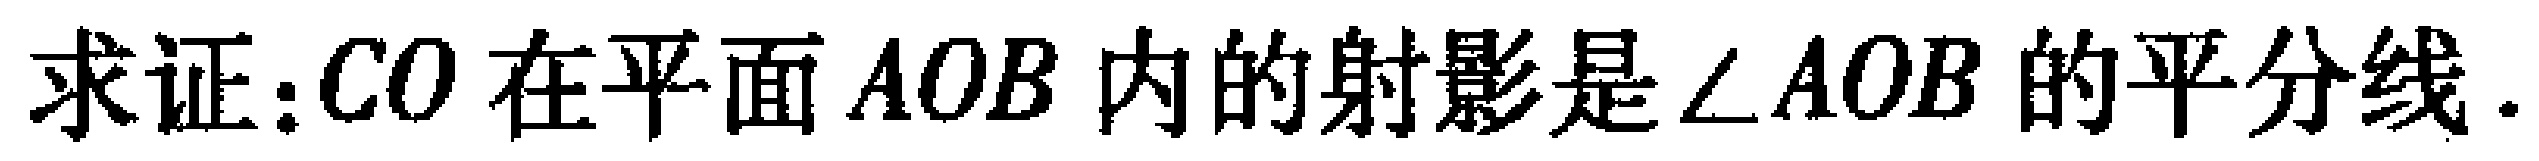
求证：$CO$在平面$AOB$内的射影是$\angle AOB$的平分线.